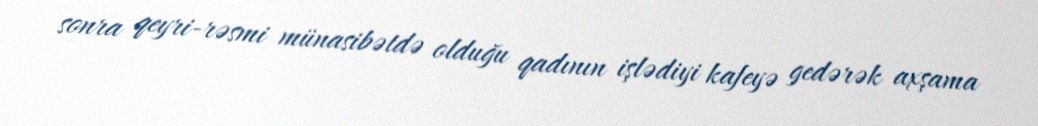
sonra qeyri-rəsmi münasibətdə olduğu qadının işlədiyi kafeyə gedərək axşama